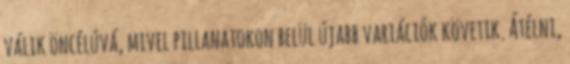
válik öncélúvá, mivel pillanatokon belül újabb variációk követik. Átélni,